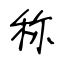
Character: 称